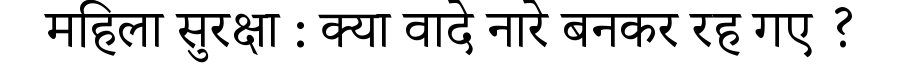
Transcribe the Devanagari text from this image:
महिला सुरक्षा : क्या वादे नारे बनकर रह गए ?